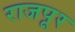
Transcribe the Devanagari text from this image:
राजपूर